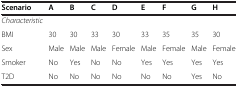
| Scenario | A | B | C | D | E | F | G | H |
 | --- | --- | --- | --- | --- | --- | --- | --- | --- |
 | Characteristic |  |  |  |  |  |  |  |  |
 | BMI | 30 | 30 | 33 | 30 | 33 | 35 | 35 | 30 |
 | Sex | Male | Male | Male | Female | Male | Female | Male | Female |
 | Smoker | No | Yes | No | No | Yes | Yes | Yes | Yes |
 | T2D | No | No | No | No | No | No | Yes | No |